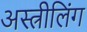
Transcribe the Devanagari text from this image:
अस्त्रीलिंग